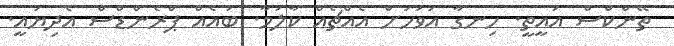
ތޭންކްސް އައީތީ. ހިނގާ އަވަހަށް އެއްޗެއް ކާލަމާ. ބައެއް ޕްރެންޑްސް އެދިޔައީ.